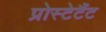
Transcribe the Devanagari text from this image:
प्रोस्टेटैंट